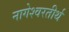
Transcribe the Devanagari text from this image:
नागेश्वरतीर्थ